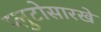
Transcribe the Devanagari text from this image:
प्लुटोसारखे